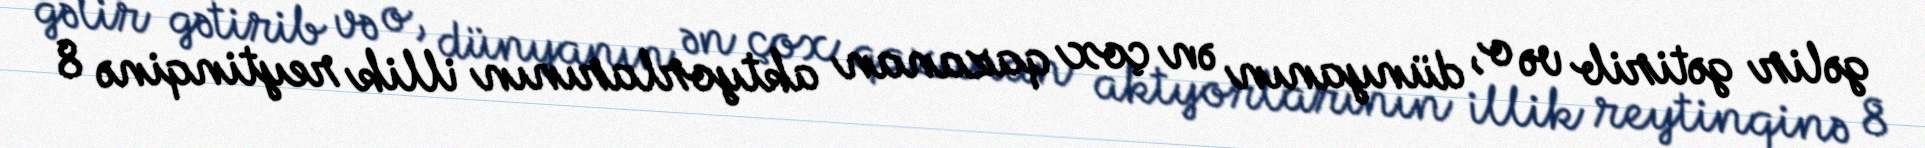
gəlir gətirib və o, dünyanın ən çox qazanan aktyorlarının illik reytinqinə 8